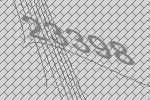
23398